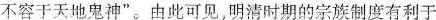
不容于天地鬼神”。由此可见，明清时期的宗族制度有利于